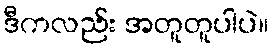
ဒီကလည်း အတူတူပါပဲ။